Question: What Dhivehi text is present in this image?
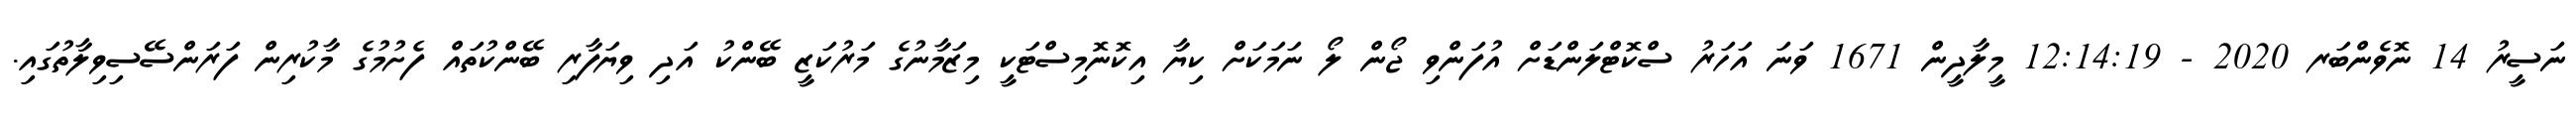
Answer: ނަސީރު 14 ނޮވެންބަރ 2020 - 12:14:19 މީލާދީން 1671 ވަނަ އަހަރު ސްކޮޓްލަންޑަށް އުފަންވި ޖޯން ލޯ ނަމަކަށް ކިޔާ އިކޮނޮމިސްޓަކީ މިޒަމާނުގެ މަރުކަޒީ ބޭންކު އަދި ވިޔަފާރި ބޭންކުތައް ފެށުމުގެ މާކުރިން ފަރަންސޭސިވިލާތުގައި.